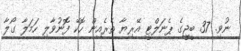
ނުވި. 37 ބީޖީގެ ޕެނަލްޓީ އޭރިޔާ ތެރެއިން ހޮކޭ ފޮނުވާލި ހަމަލާ ގޯލާ